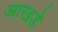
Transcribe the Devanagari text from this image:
आखड़े